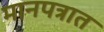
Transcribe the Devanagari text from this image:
मानपत्रात